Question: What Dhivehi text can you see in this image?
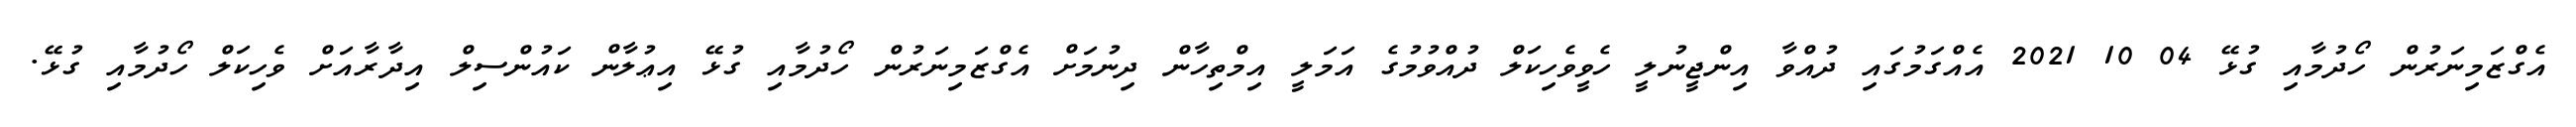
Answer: އެގްޒަމިނަރުން ހޯދުމާއި ގުޅޭ 04 10 2021 އެއްގަމުގައި ދުއްވާ އިންޖީނުލީ ހެވީވެހިކަލް ދުއްވުމުގެ އަމަލީ އިމްތިހާން ދިނުމަށް އެގްޒަމިނަރުން ހޯދުމާއި ގުޅޭ އިޢުލާން ކައުންސިލް އިދާރާއަށް ވެހިކަލް ހޯދުމާއި ގުޅޭ.